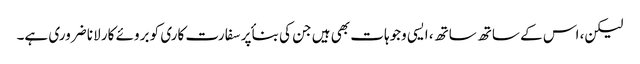
لیکن، اس کے ساتھ ساتھ، ایسی وجوہات بھی ہیں جن کی بناٴ پر سفارت کاری کو بروئے کار لانا ضروری ہے۔